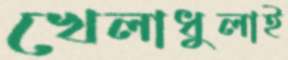
খেলাধুলাই